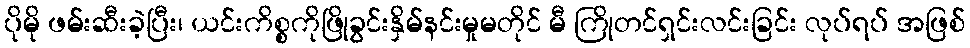
ပိုမို ဖမ်းဆီးခဲ့ပြီး၊ ယင်းကိစ္စကိုဖြိုခွင်းနှိမ်နင်းမှုမတိုင် မီ ကြိုတင်ရှင်းလင်းခြင်း လုပ်ရပ် အဖြစ်